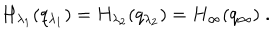
H _ { \lambda _ { 1 } } ( q _ { \lambda _ { 1 } } ) = H _ { \lambda _ { 2 } } ( q _ { \lambda _ { 2 } } ) = H _ { \infty } ( q _ { \infty } ) \; .